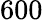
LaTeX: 600